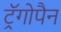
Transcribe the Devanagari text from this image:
ट्रॅगोपैन